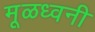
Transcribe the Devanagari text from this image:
मूळध्वनी